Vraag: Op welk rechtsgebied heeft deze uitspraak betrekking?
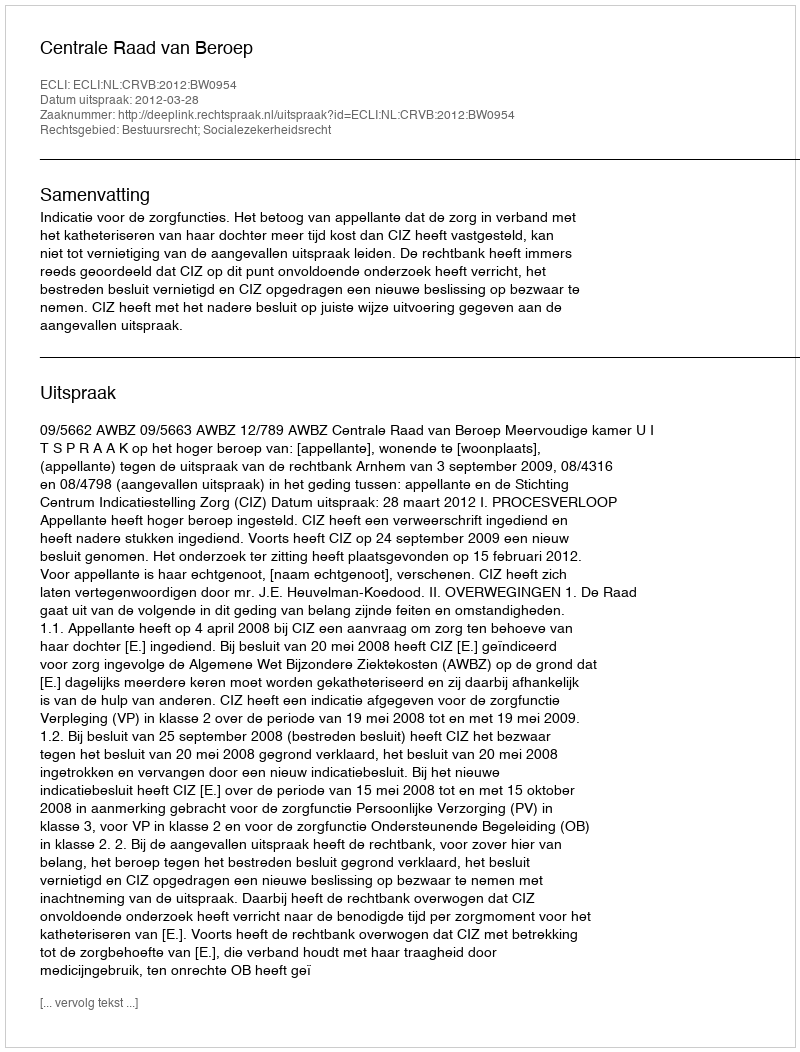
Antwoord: Bestuursrecht; Socialezekerheidsrecht